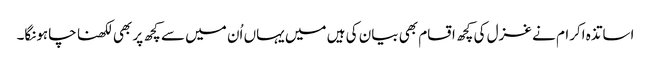
اساتذہ اکرام نے غزل کی کچھ اقسام بھی بیان کی ہیں میں یہاں اُن میں سے کچھ پر بھی لکھنا چاہونگا۔